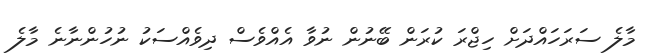
މާލެ ސަރަހައްދަށް ހިޖްރަ ކުރަން ބޭނުން ނުވާ އެއްވެސް ދިވެއްސަކު ނުހުންނާނެ މާލެ